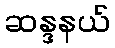
ဆန္ဒနယ်